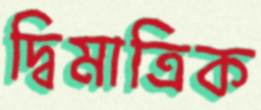
দ্বিমাত্রিক